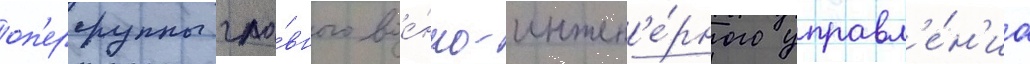
оп'ергруппы гла́вного вое́нно-инжен'е́рного управл'е́н'иа